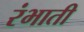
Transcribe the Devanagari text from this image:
रंभाती